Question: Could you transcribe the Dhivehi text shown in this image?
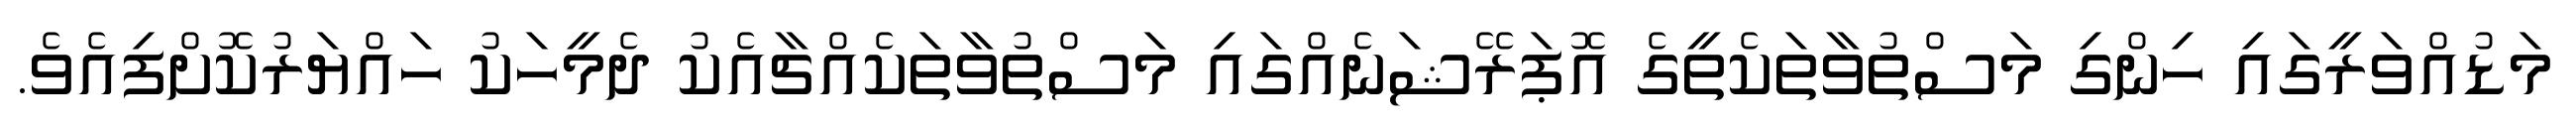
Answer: މަޑުއްވަރީގައި ހިންގި މަސްތުވާތަކެތީގެ އޮޕަރޭޝަނެއްގައި މަސްތުވާތަކެއްޗާއެކު ދެމީހަކު ހައްޔަރުކޮށްފިއެވެ.